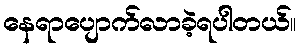
နေရာပျောက်လာခဲ့ရပါတယ်။